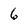
Character: 6